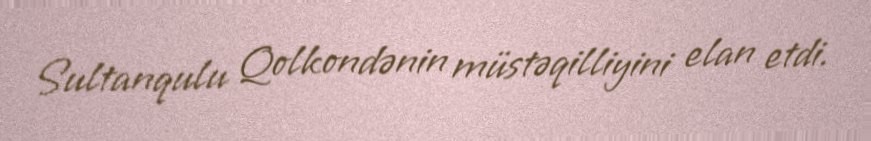
Sultanqulu Qolkondənin müstəqilliyini elan etdi.